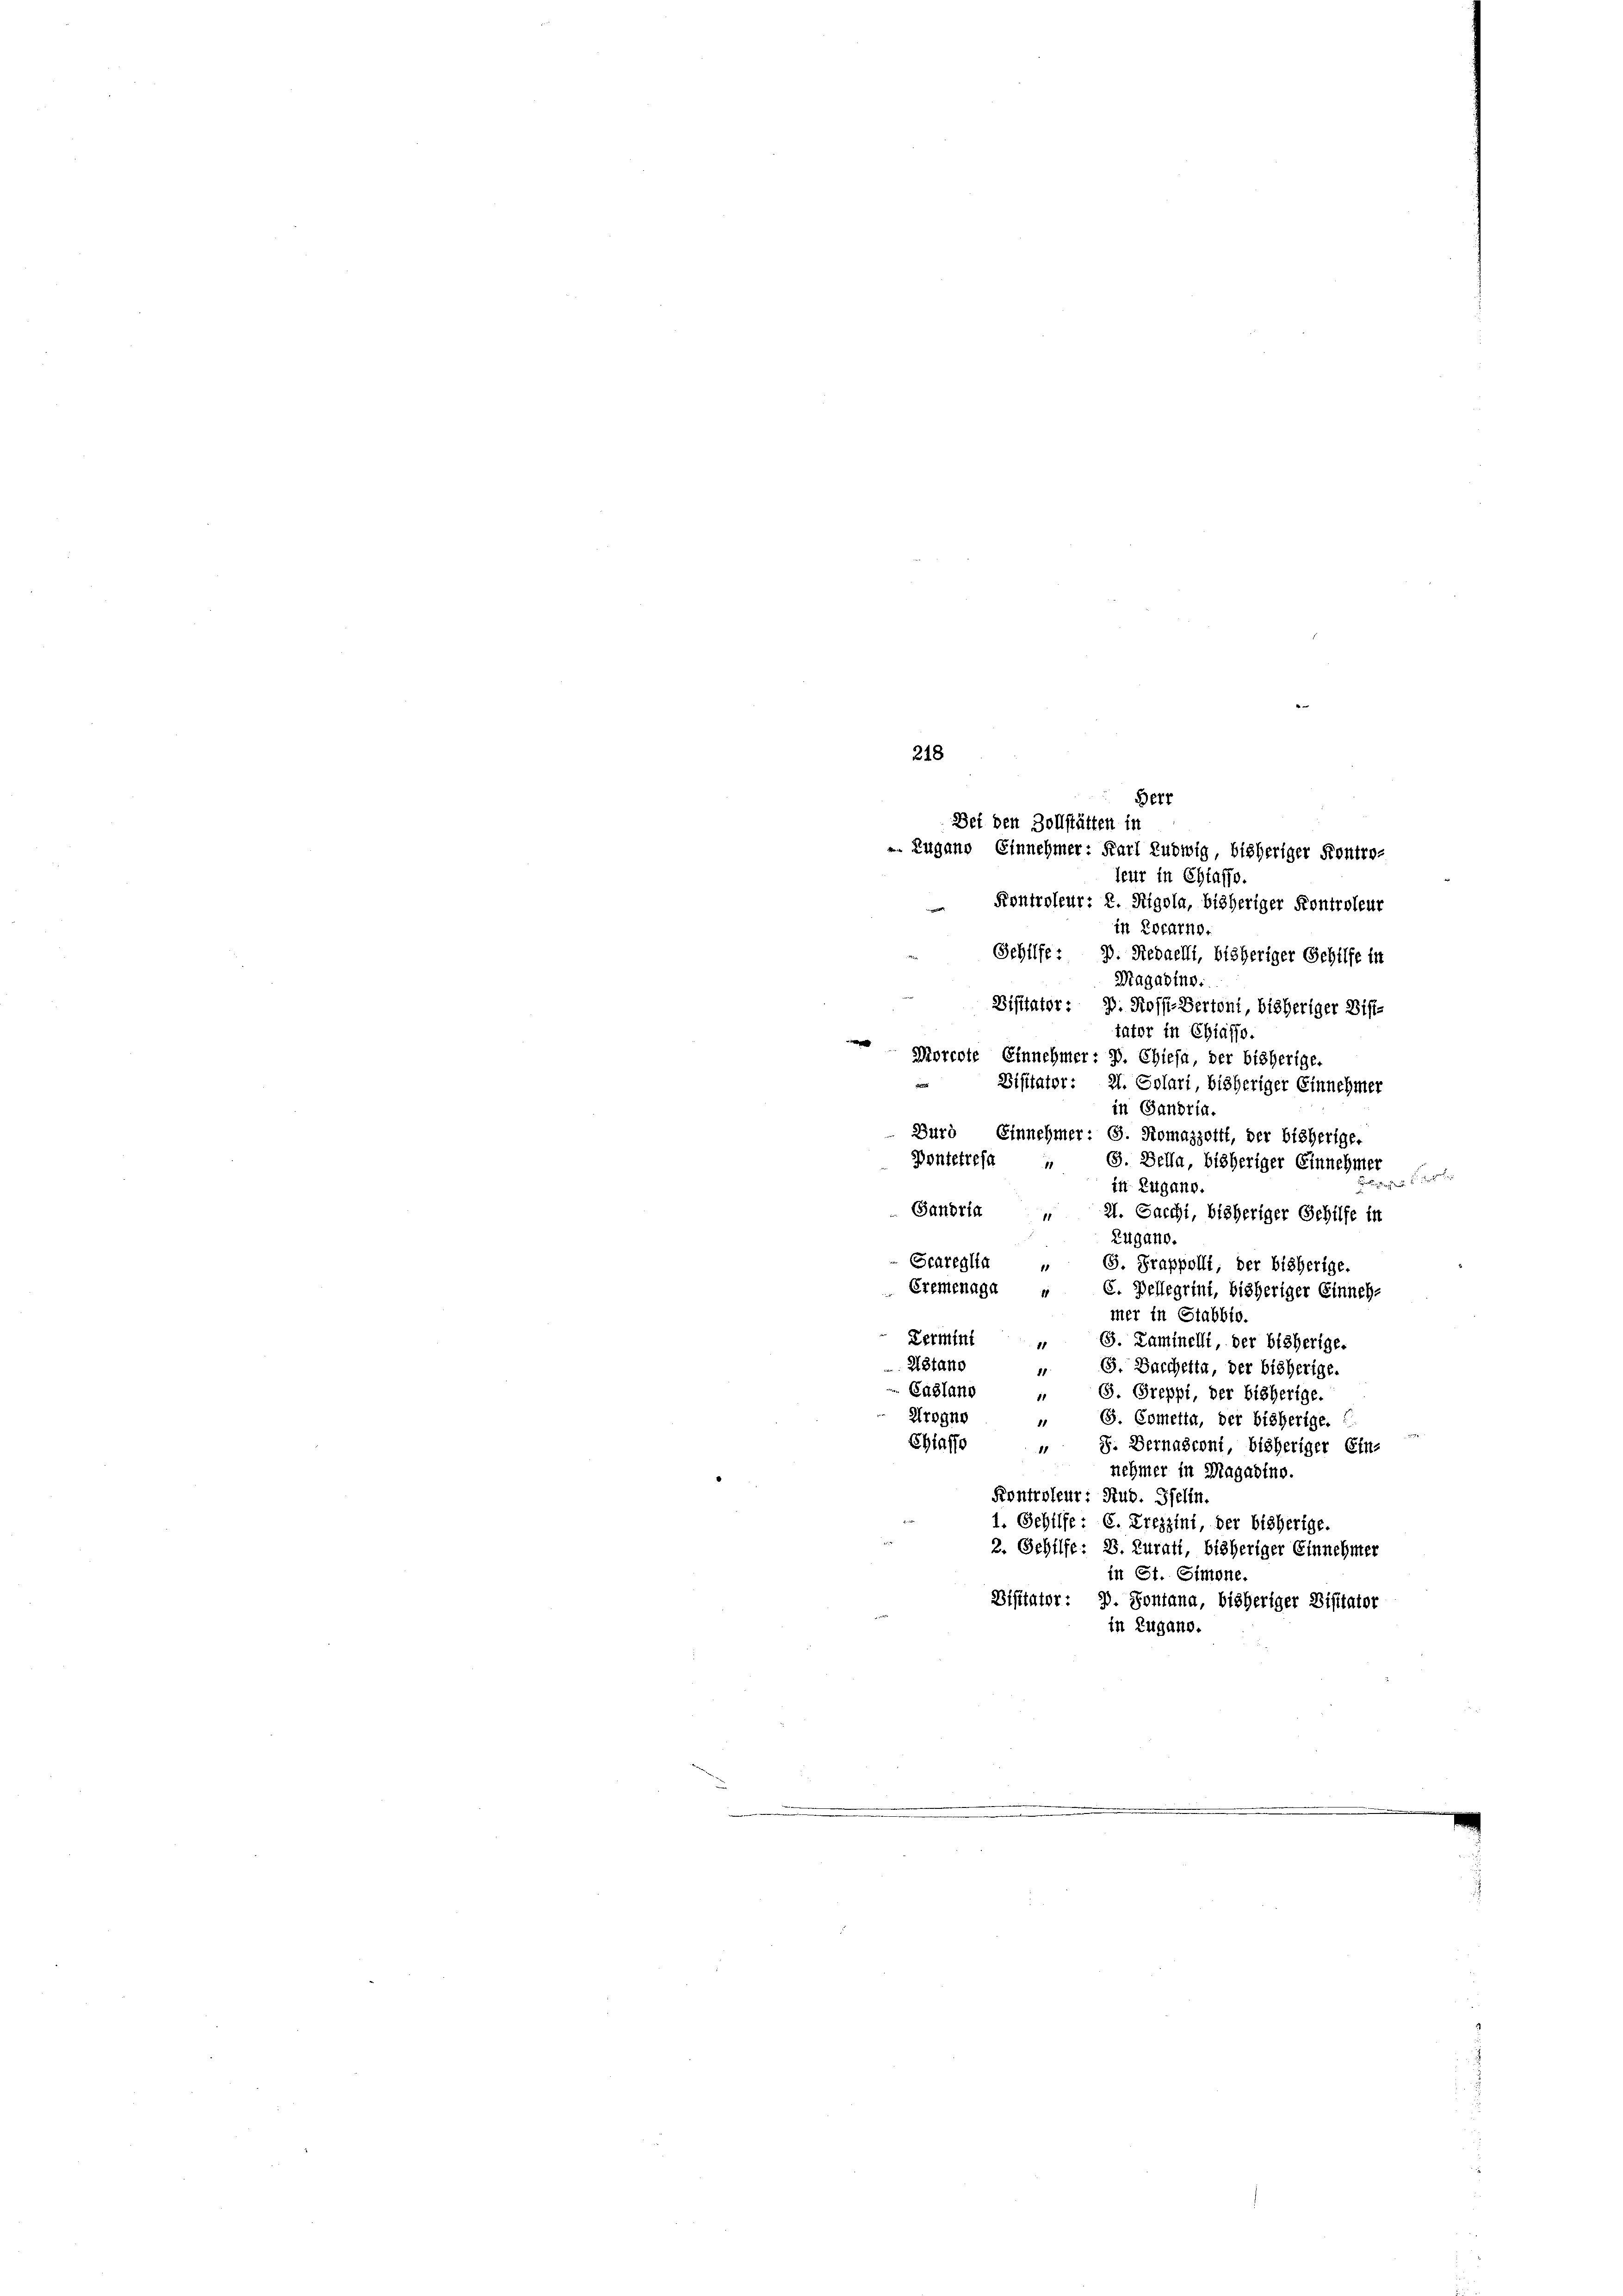
218

leur in Chiaffe.
Kontroleur: 2. Rigola, bisheriger Kontroleur
in Locarno.
Sehilfe: J. Riedaelli, bisheriger Gehilfe in
Magadine:
Disitator: P. Rossi-Bertoni, bisheriger Diff-
tator in Chiasso.
Morcote Einnehmer: 3. Chiesa, der bisherige.
 Visitator: 21. Solari, bisheriger Einnehmer
in Gandria.
Durd, Einnehmer: G. Romazzoitt, der bisherige.
Pontetrefa
9. Della, bisheriger Einnehmer
in Zugano.
Gandria
21. Sacchi, bisheriger Schilfe in
Zugano.
Scareglia
 S. Grappolli, der bisherige.
Eremenage „ C. Bellegrini, bisheriger Einneh-
mer in Stabbio.
Permint
J. Kaminelli, der bisherige.
11
AStano
5. Darcheita, der bisherige.
88
Cagland
5. Greppi, der bisherige.
81
Arogno
G. Cometia, der bisherige.
1
Chraffo
 8. Dernasconi, bisheriger Ein-
nehmer in Magadtno.
Kontroleur: Rud. Pfelin.
1. Gehilfe: C. Kreszini, der bisherige.
2. Gehilfe: 2. Zurau, bisheriger Einnehmer
in St. Simone.
Bisitator : 3. Sontana, bisheriger Distator
in Zugano.

Berr
Bei den Zollstätten in
. Zugano Einnehmer: Karl Ludwig, bisheriger Kontro-